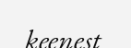
keenest